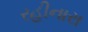
રહીનારા